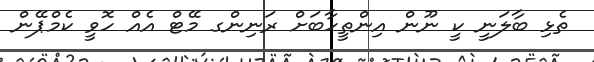
ތެޅި ބާލަނީ ކީ ނޫން އިންތީހާބަށް ރަނިންގ މޭޓް އެއް ހޮވީ ކެމްޕޭން